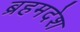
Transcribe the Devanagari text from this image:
ब्रहमदेश